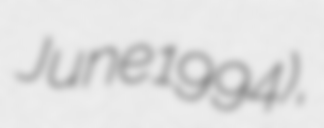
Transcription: June 1994),